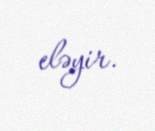
eləyir.